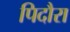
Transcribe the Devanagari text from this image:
पिदौरा